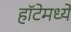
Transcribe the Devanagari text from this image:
हॉटेमध्ये